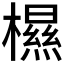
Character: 𰘽